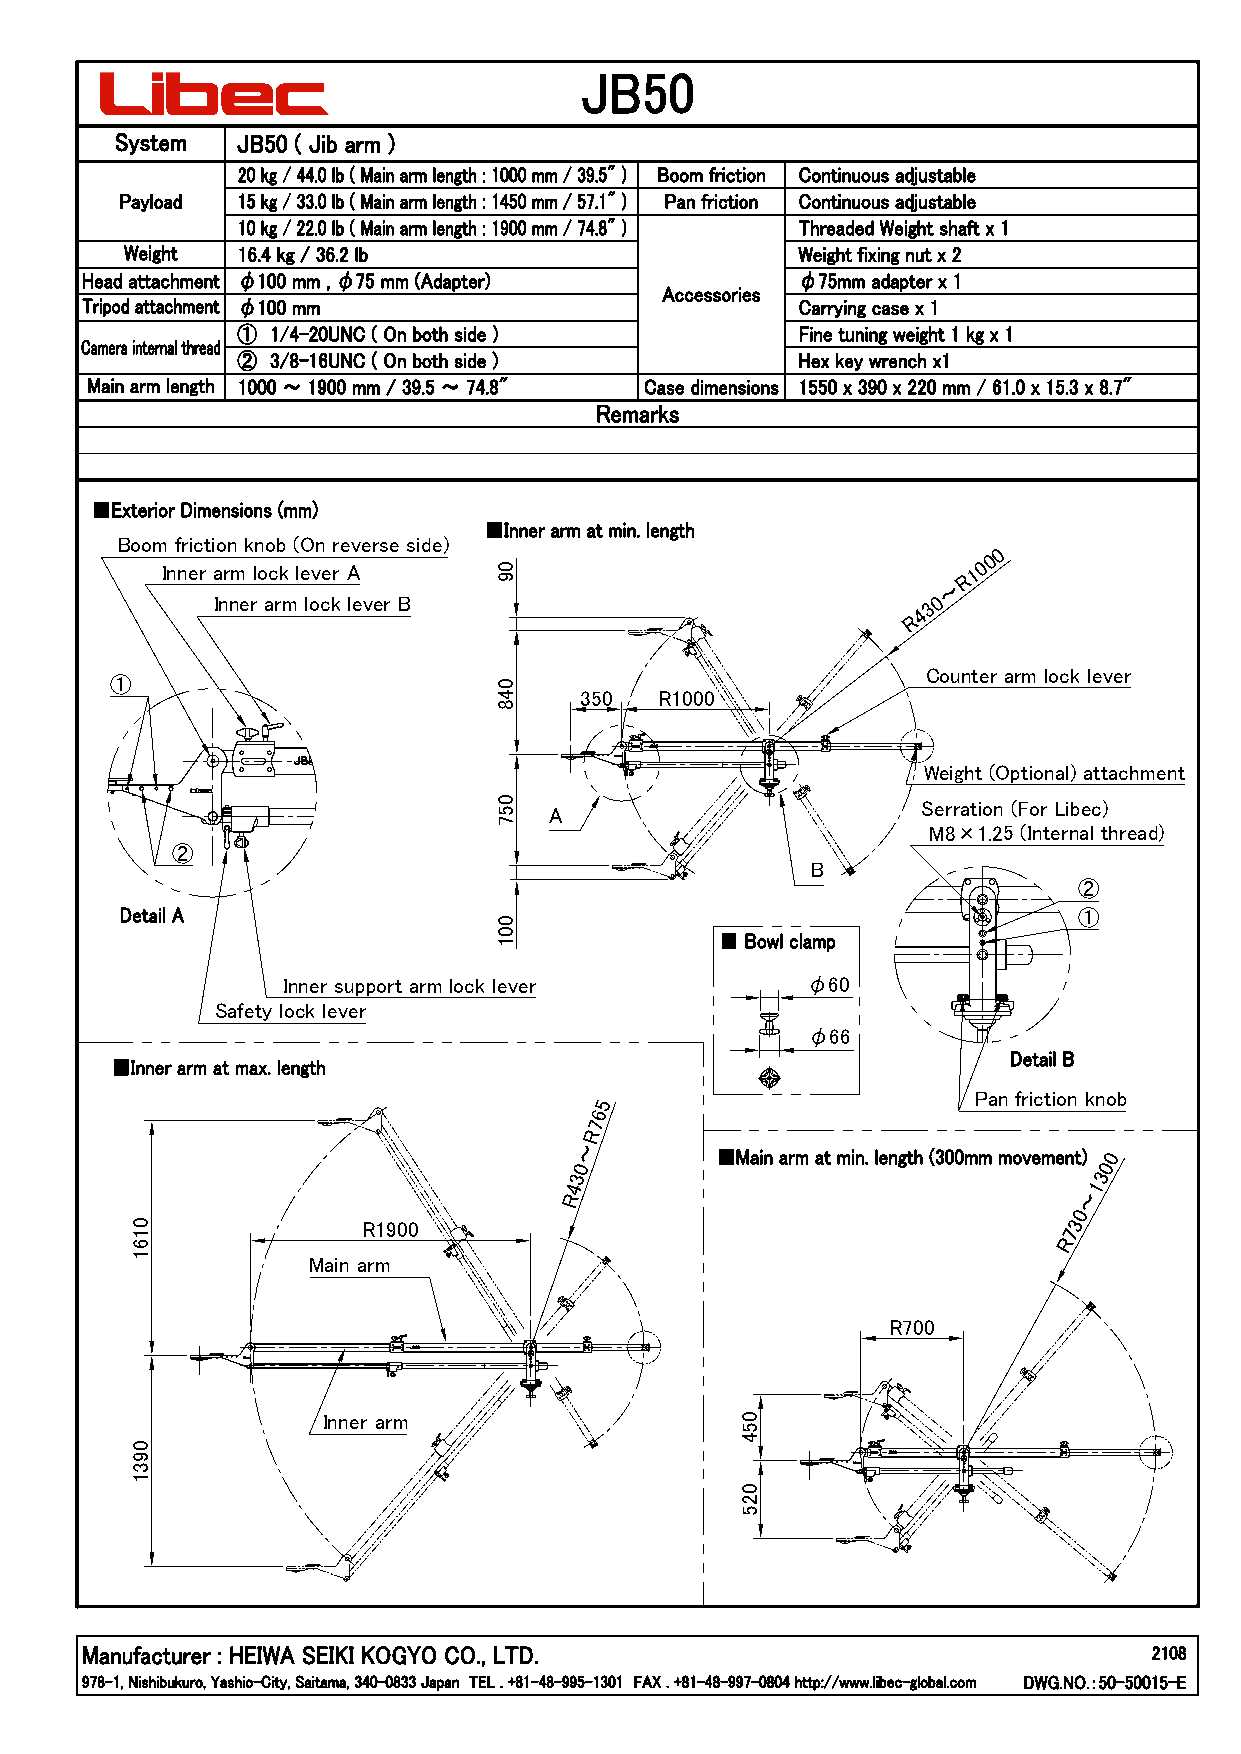
Boom friction knob (On reverse side)
 0
 0
 Inner arm lock lever A 0                             10
 9                              R
 ～
 Inner arm lock lever B                         30
 4
 R
 Counter arm lock lever
 ①                         0
 4    350   R1000
 8
 Weight (Optional) attachment
 0                           Serration (For Libec)
 5  A
 7                           M8×1.25 (Internal thread)
 ②
 B
 ②
 ①
 0
 0
 1
 Inner support arm lock lever      φ60
 Safety lock lever
 φ66
 Pan friction knob
 5
 6
 7
 R
 ～
 0
 0                                  0
 3                                 3
 4                                  1
 R                                  ～
 0
 0              R1900                                          3
 1                                                            7
 6                                                            R
 1          Main arm
 R700
 Inner arm                   0
 5
 4
 0
 9
 3
 1
 0
 2
 5